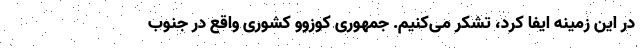
در این زمینه ایفا کرد، تشکر می‌کنیم. جمهوری کوزوو کشوری واقع در جنوب